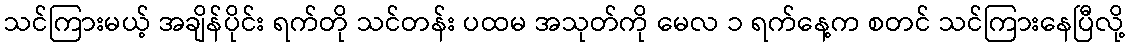
သင်ကြားမယ့် အချိန်ပိုင်း ရက်တို သင်တန်း ပထမ အသုတ်ကို မေလ ၁ ရက်နေ့က စတင် သင်ကြားနေပြီလို့